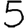
Digit: 5